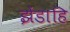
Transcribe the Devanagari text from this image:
झेंडाहि